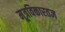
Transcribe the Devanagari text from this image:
मूत्रविकारतज्ञ